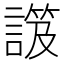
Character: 𧫑